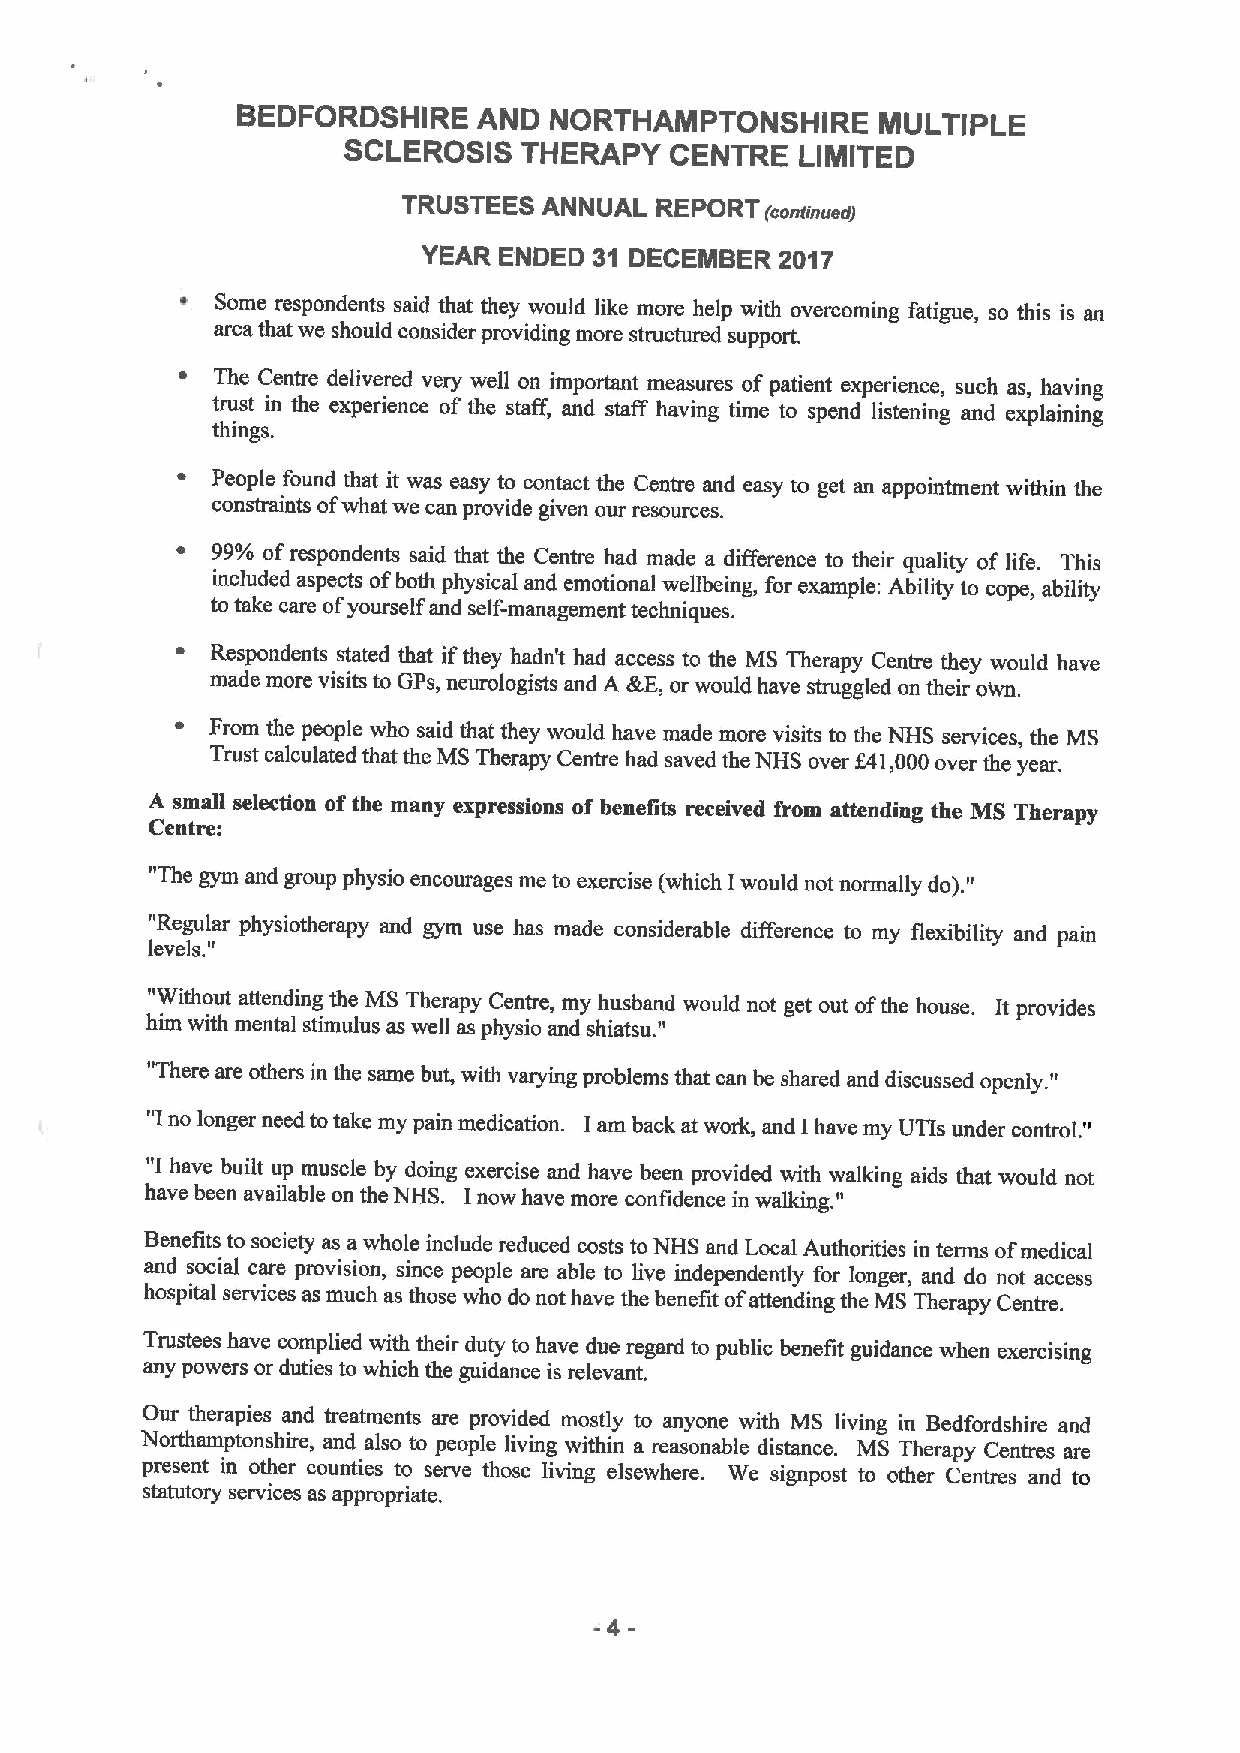
BEDFORDSHIRE    AND NORTHAMPTONSHIRE      MULTIPLE
 SCLEROSIS   THERAPY  CENTRE   LIMITED
 TRUSTEES ANNUAL REPORT(continued)
 YEAR ENDED 31 DECEMBER  2017
 ~ Some respondents said that they would like more help with overcoming fatigue, so this is an
 area that we should consider providing more structured support.
 ~ The Centre delivered very well on important measures of patient experience, such as, having
 trust in the experience of the staff, and staff having time to spend listening and explaining
 things.
 ~ People found that it was easy to contact the Centre and easy to get an appointment within the
 constraints ofwhat we can provide given our resources.
 ~ 99%ofrespondents said that the Centre had made a difference to their quality of life. This
 included aspects ofboth physical and emotional wellbeing, for example: Ability to cope, ability
 to take care ofyourself and self-management techniques.
 ~ Respondents stated that ifthey hadn't had access to the MS Therapy Centre they would have
 made more visits to GPs, neurologists and A tkE, or would have struggled on their own.
 ~ From the people who said that they would have made more visits to the NHS services, the MS
 Trust calculated that the MS Therapy Centre had saved the NHS over f41,000over the year.
 A small selection ofthe many expressions of benefits received from attending the MS Therapy
 Centre:
 "The gym and group physio encourages me to exercise (which Iwould not normally do)."
 "Regula "r physiotherapy and gym use has made considerable difference to my flexibility and pain
 levels.
 "Without attending the MS Therapy Centre, my husband " would not get out ofthe house. It provides
 him with mental stimulus as well as physio and shiatsu.
 "There are others in the same but, with varying problems that can be shared and discussed openly. "
 "I no longer need totake my pain medication. Iam back at work, and Ihave my UTIs under control. "
 "I
 have built up muscle by doing exercise and have been provided with walking aids that would not
 have been available on the NHS. Inow have more confidence in walking. "
 Benefits to society as a whole include reduced costs to NHS and Local Authorities in terms ofmedical
 and social care provision, since people are able to live independently for longer, and do not access
 hospital services as much as those who do not have the benefit ofattending the MS Therapy Centre.
 Trustees have complied with their duty to have due regard to public benefit guidance when exercising
 any powers or duties to which the guidance is relevant.
 Our therapies and treatments are provided mostly to anyone with MS living in Bedfordshire and
 Northamptonshire, and also to people living within a reasonable distance. MS Therapy Centres are
 present in other counties to serve those living elsewhere. We signpost to other Centres and to
 statutory services as appropriate.
 -4-